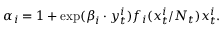
\alpha _ { i } = 1 + \exp ( \boldsymbol \beta _ { i } \cdot \boldsymbol y _ { t } ^ { i } ) f _ { i } ( x _ { t } ^ { i } / N _ { t } ) x _ { t } ^ { i } .